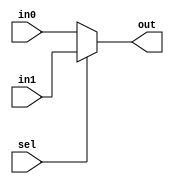
`timescale 1ns / 1ps
//////////////////////////////////////////////////////////////////////////////////
// Company: 
// Engineer: 
// 
// Design Name: 
// Module Name: mux2to1
// Project Name: 
// Target Devices: 
// Tool Versions: 
// Description: 
// 
// Dependencies: 
// 
// Revision:
// Revision 0.01 - File Created
// Additional Comments:
// 
//////////////////////////////////////////////////////////////////////////////////


module mux2to1( input [3:0]in0,in1, input sel, output[3:0] out );
assign out = (sel == 0) ? in0 : in1 ; 
endmodule